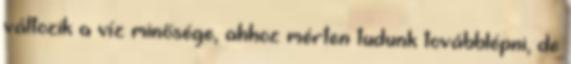
változik a víz minősége, ahhoz mérten tudunk továbblépni, de